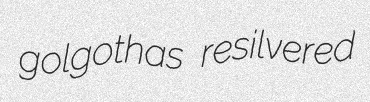
golgothas resilvered